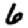
Digit: 6